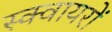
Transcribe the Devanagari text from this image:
स्क्वायरों